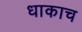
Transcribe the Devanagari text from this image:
धाकाच